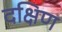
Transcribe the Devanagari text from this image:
दक्षिण